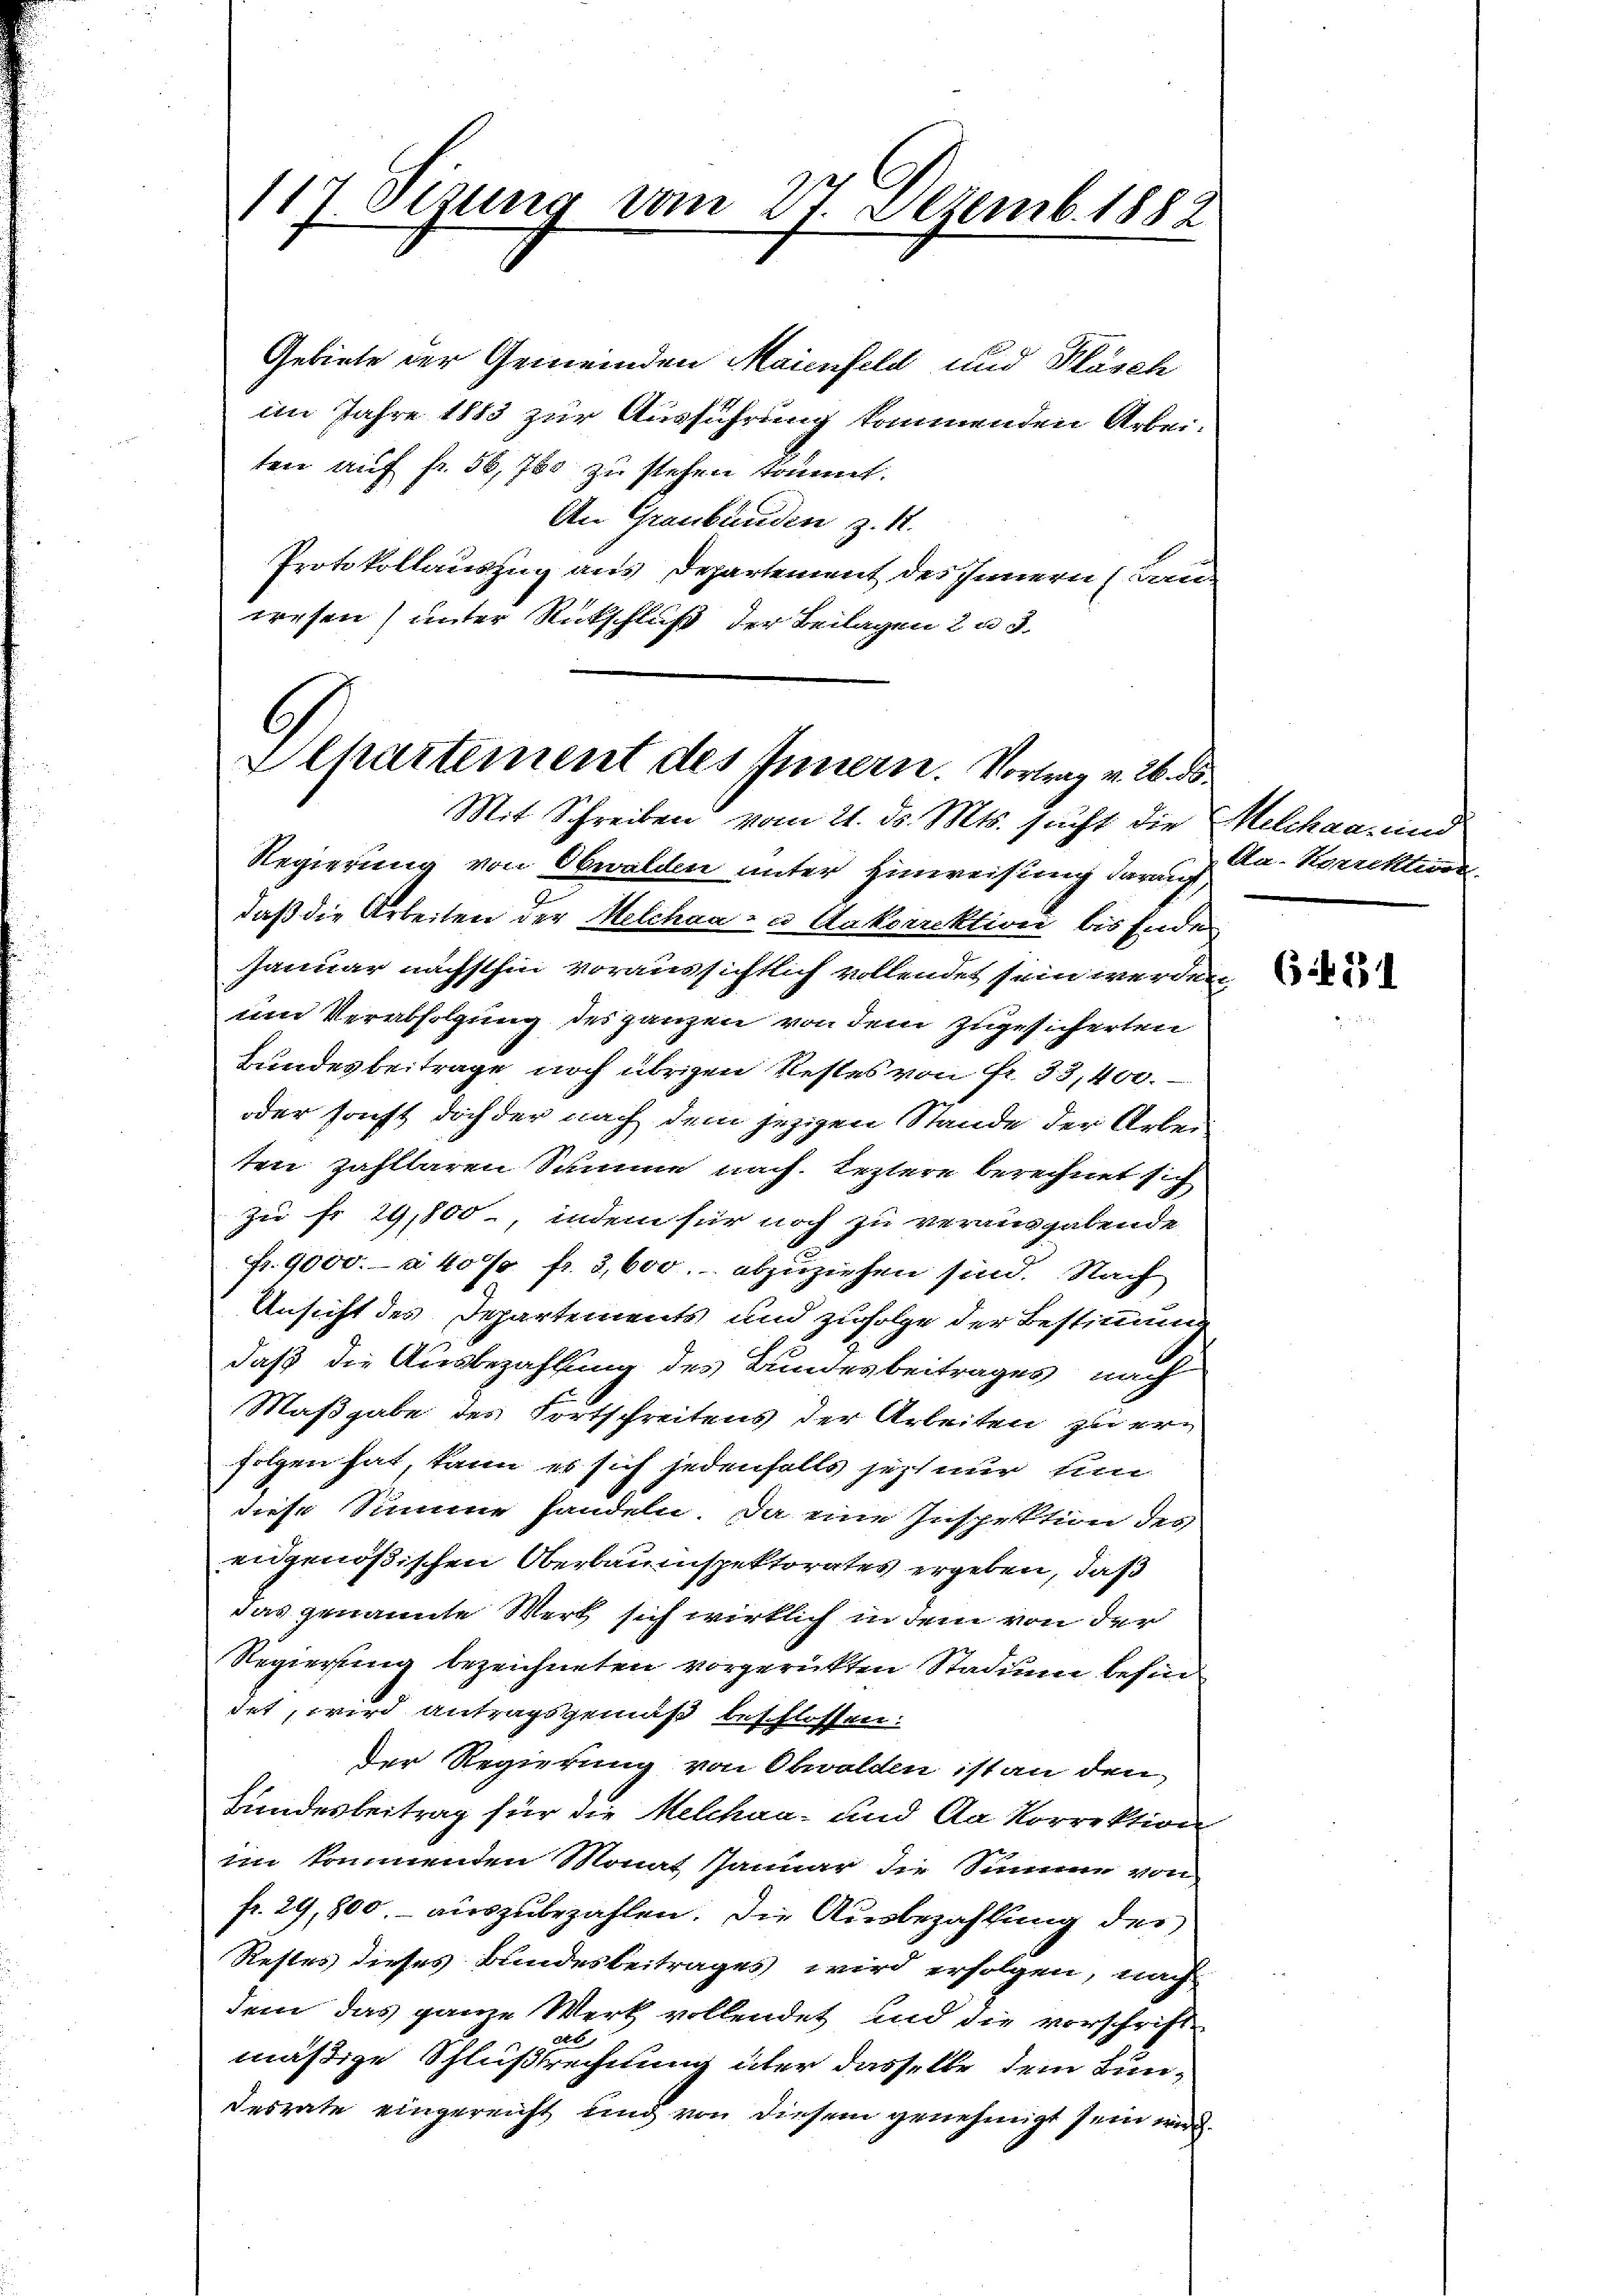
117 Sisung vom 27. Sezemb. 1882

Schartement des Innern. Vortrag v. 26. ds.
Mit Schreiben vom 21. ds. Mts. sucht die

Gebiete der Gemeinden Maienfeld und Fläsch
im Jahre 1883 zur Ausführung kommenden Arbei
ten auf fr. 58, 700 zu stehen kommt.
An Graubünden z. 1.
Protokollauszug aus Departement des Innern (Bau-
wesen (unter Rückschluß der Beilagen 2 u 3.

Regierung von Obwalden unter Hinweisung darauf,
daß die Arbeiten der Melchen- u Ankorrektion bis Ende
Januar nächsthin voraussichtlich vollendet sein werden,
um Verabfolgung des ganzen von dem zugesicherten
Bundes beitrage noch übrigen Restes von Fr. 33,400.
n
oder sonst doch der nach dem jezigen Stande der Arbei
ten zahlbaren Summe nach. Leztere berechnet sich
zu Fr. 29,800, indem für noch zu verausgabende
Fr. 9000.- a 40 s. fr. 3,600. abzuziehen sind. Nach
Ansicht des Departements und zufolge der Bestimmung
daß die Ausbezahlung des Bundesbeitrages nach
Maßgabe des Fortschreitens der Arbeiten zu ern
folgen hat, kann es sich jedenfalls jezt nur Ein
diese Summe handeln. Da eine Inspektion des
engenößischen Oberbauinspektorates ergeben, daß
das genannte Werk sich wirklich in dem von der
Regierung bezeichneten vorgerükten Stadin befin
det, wird antragsgemäß beschlossen:
Der Regierung von Obwalden ist an den
Bundesbeitrag für die Melcher- und da korrektion
n
im kommenden Monat Januar die Summe von
fr. 29, 800.- auszubezahlen. Die Ausbezahlung des
Restes dieses Bundesbeitrages wird erfolgen, nach
dem das ganze Werk vollendet und die vorschrift
e
mäßige Schlußrechnung über dasselbe dem Bundesrate eingereicht und von diesem genehmigt sein wird.

Melchen, und
An. Korrektur.

631